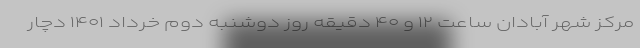
مرکز شهر آبادان ساعت ۱۲ و ۴۰ دقیقه روز دوشنبه دوم خرداد ۱۴۰۱ دچار